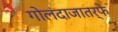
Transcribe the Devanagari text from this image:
गोलंदाजातर्फे